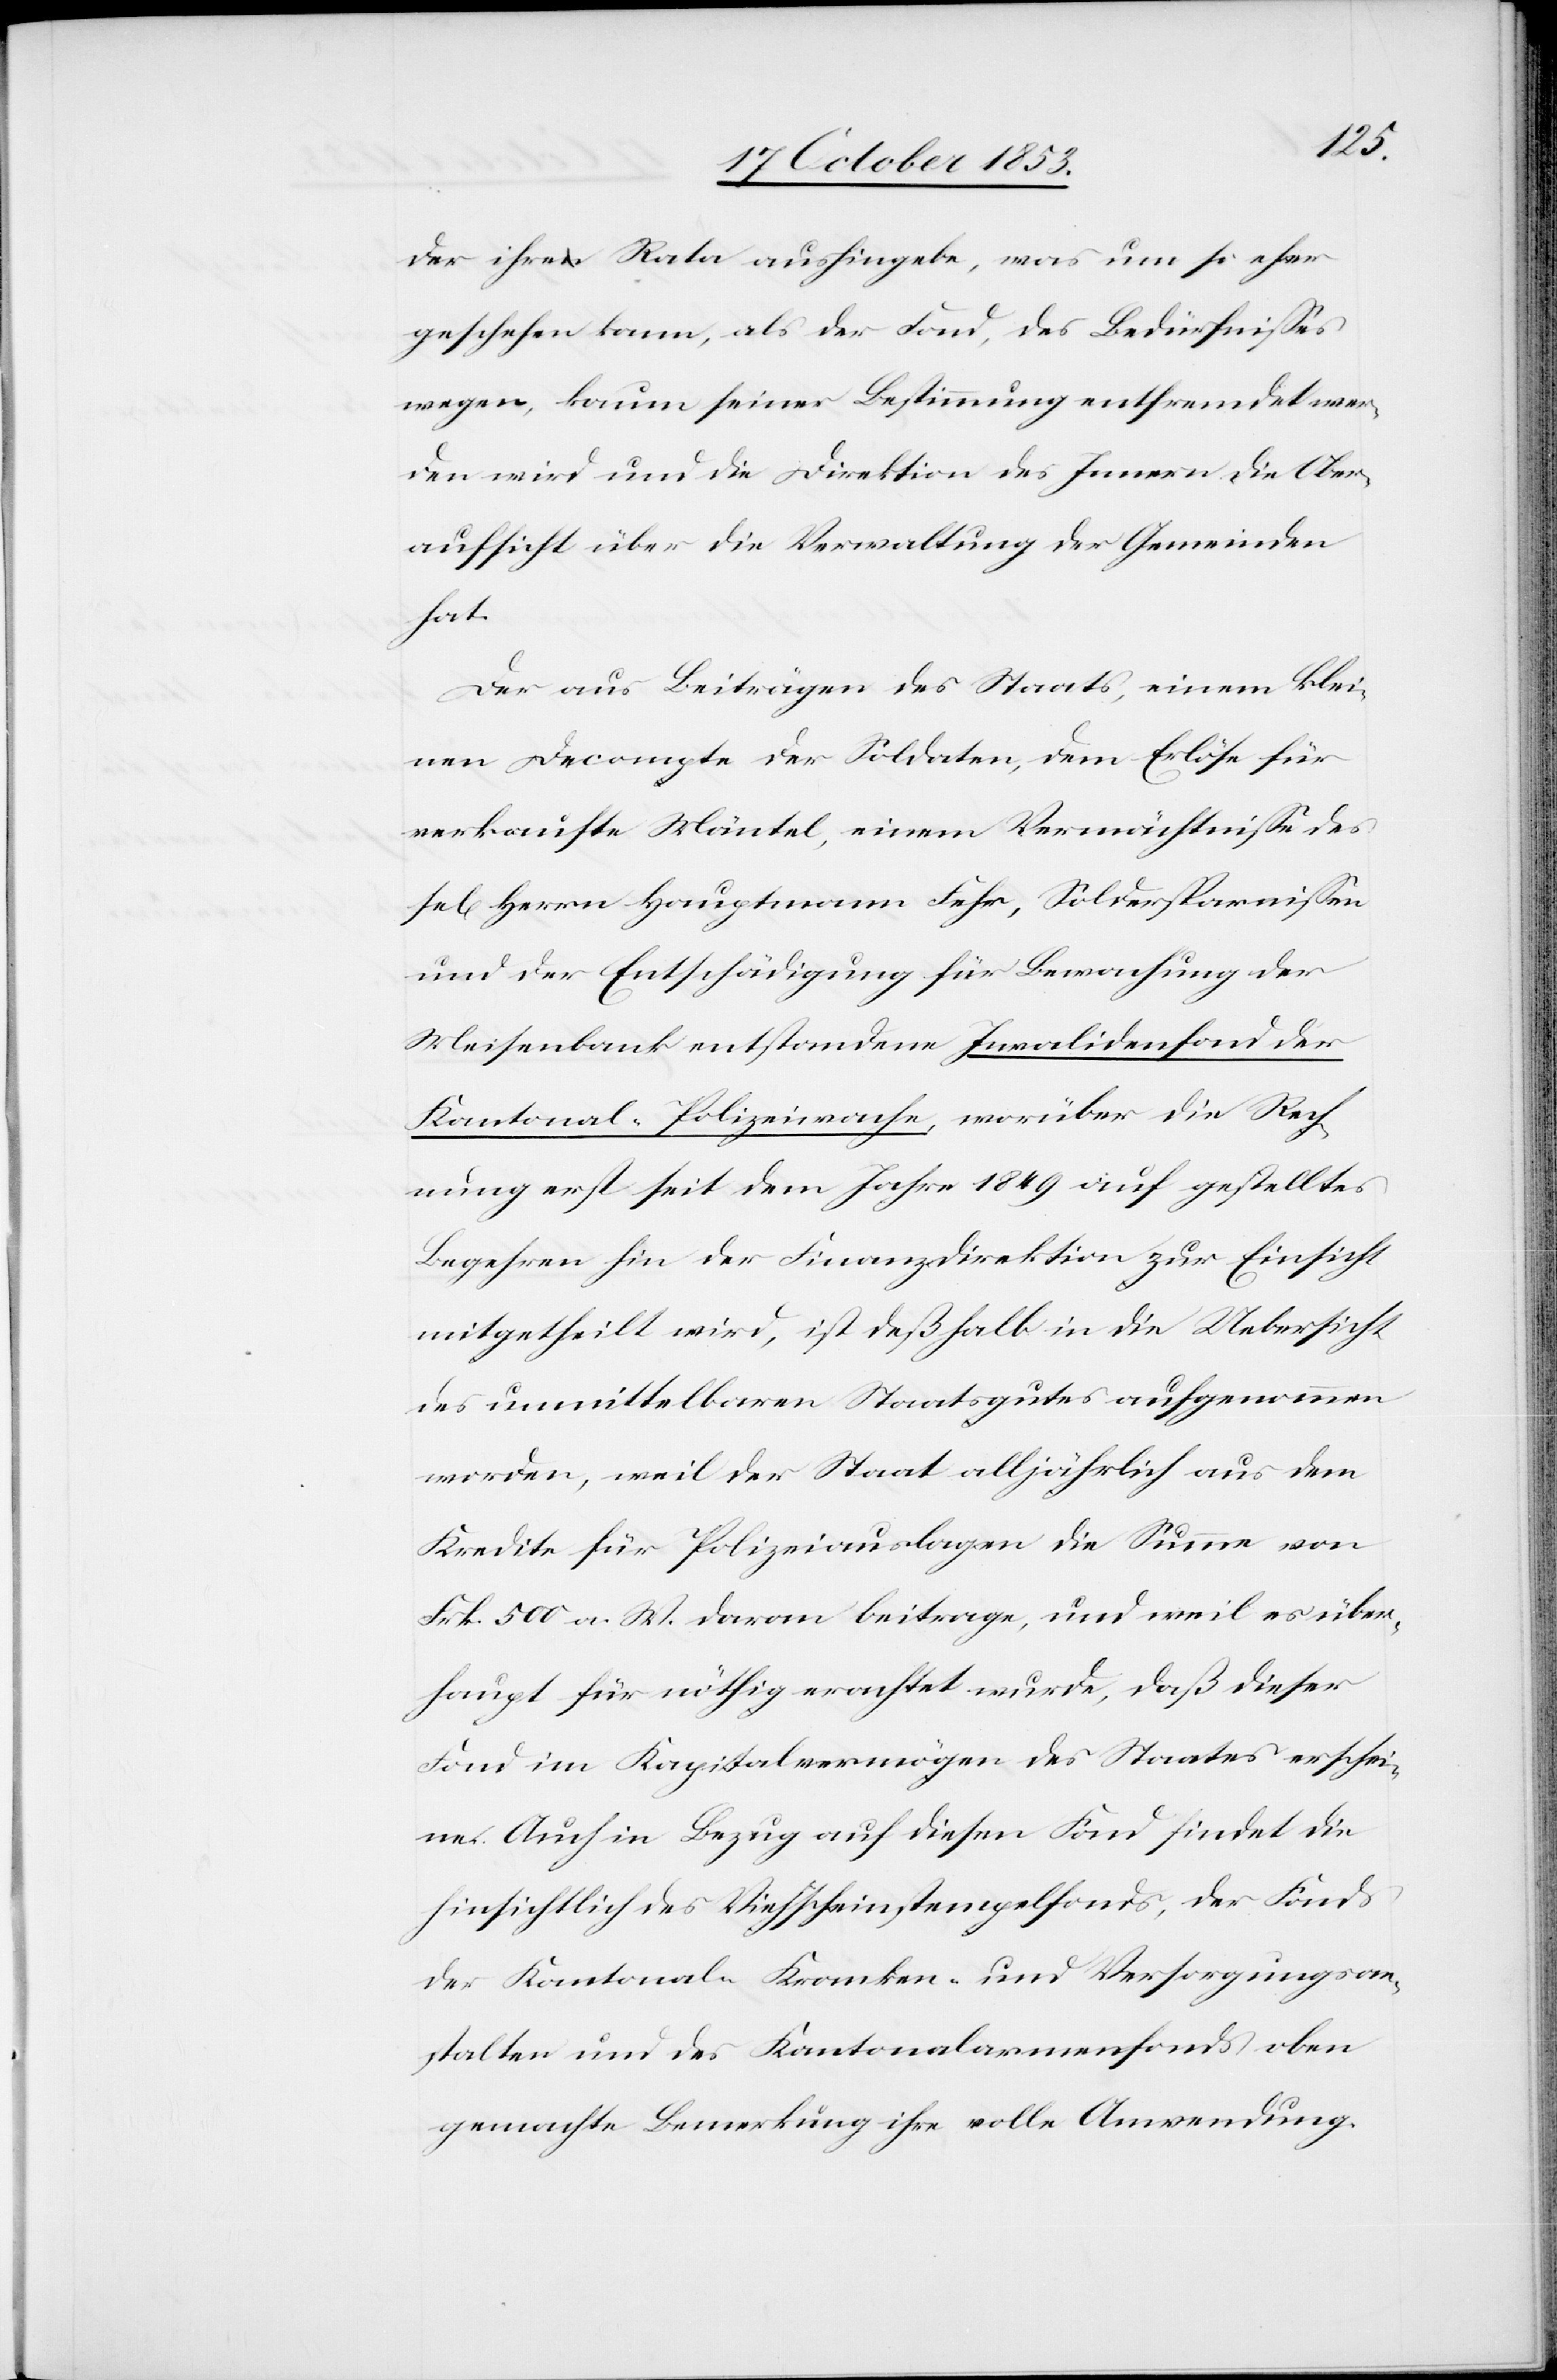
sel[i¬
der ihre Rata aushingebe, was um so eher
geschehen kann, als der Fond, des Bedürfnißes
wegen, kaum seiner Bestimmung entfremdet wer¬
den wird und die Direktion des Innern die Ober¬
aufsicht über die Verwaltung der Gemeinden
hat.
Der aus Beiträgen des Staats, einem klei¬
nen Decompte der Soldaten, dem Erlöse für
verkaufte Mäntel, einem Vermächtniße des
gen] Herrn Hauptmann Fehr, Soldersparnißen
und der Entschädigung für Bewachung der
Meisenbank entstandene Invalidenfond der
Kantonal-Polizeiwache, worüber die Rech¬
nung erst seit dem Jahre 1849 auf gestelltes
Begehren hin der Finanzdirektion zur Einsicht
mitgetheilt wird, ist deßhalb in die Uebersicht
des unmittelbaren Staatsgutes aufgenommen
worden, weil der Staat alljährlich aus dem
Kredite für Polizeiauslagen die Summe von
Frk. 500 a. W. davon beitrage, und weil es über¬
haupt für nöthig erachtet wurde, daß dieser
Fond im Kapitalvermögen des Staates erschei¬
ne. Auch in Bezug auf diesen Fond findet die
hinsichtlich des Viehscheinstempelfonds, der Fonds
der Kantonal-Kranken- und Versorgungsan¬
stalten und des Kantonalarmenfonds oben
gemachte Bemerkung ihre volle Anwendung.